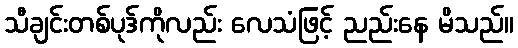
သီချင်းတစ်ပုဒ်ကိုလည်း လေသံဖြင့် ညည်းနေ မိသည်။